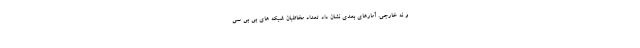
و نه خارجی. آمارهای بعدی نشان داد تعداد مخاطبان شبکه های بی بی سی